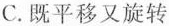
C.既平移又旋转